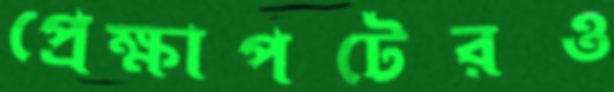
প্রেক্ষাপটেরও